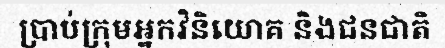
ប្រាប់ក្រុមអ្នកវិនិយោគ និងជនជាតិ